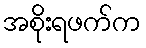
အစိုးရဖက်က